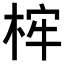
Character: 𣒲